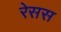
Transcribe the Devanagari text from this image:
रेसस